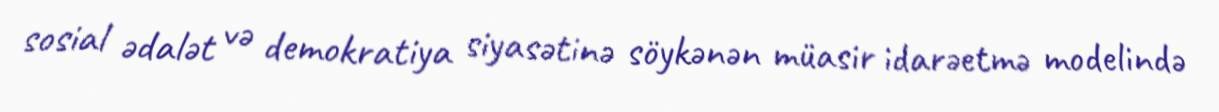
sosial ədalət və demokratiya siyasətinə söykənən müasir idarəetmə modelində